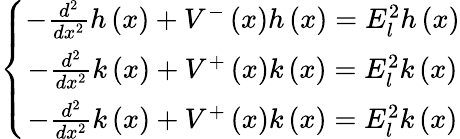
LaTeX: \left\{ \begin{array}{c}{{-\frac{d^{2}}{dx^{2}}h\left(x\right)+V^{-}\left(x\right)h\left(x\right)=E_{l}^{2}h\left(x\right)}}\\ {{-\frac{d^{2}}{dx^{2}}k\left(x\right)+V^{+}\left(x\right)k\left(x\right)=E_{l}^{2}k\left(x\right)}}\\ {{-\frac{d^{2}}{dx^{2}}k\left(x\right)+V^{+}\left(x\right)k\left(x\right)=E_{l}^{2}k\left(x\right)}}\end{array}\right.